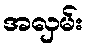
အလှမ်း